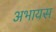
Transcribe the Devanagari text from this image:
अभायस